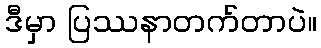
ဒီမှာ ပြဿနာတက်တာပဲ။